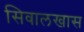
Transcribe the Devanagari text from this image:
सिवालखास